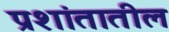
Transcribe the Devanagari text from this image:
प्रशांतातील